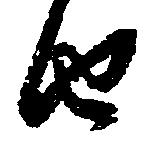
由